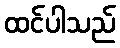
ထင်ပါသည်